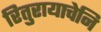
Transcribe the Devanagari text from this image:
रितुरायाचेनि